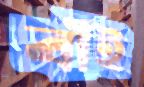
বাঁই